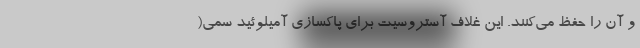
و آن را حفظ می‌کنند. این غلاف آستروسیت برای پاکسازی آمیلوئید سمی(